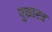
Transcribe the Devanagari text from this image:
पुकारच